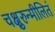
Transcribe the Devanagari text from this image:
चक्षुरुन्मीलितं